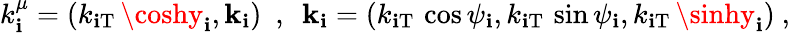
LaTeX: k_{\mathbf{i}}^{\mu}=(k_{\mathrm{{\mathbf{i}T}}}\, \coshy_{\mathbf{i}},{\mathbf{k}}_{\mathbf{i}})~~,~~{\mathbf{k}}_{\mathbf{i}}=(k_{\mathrm{{\mathbf{i}T}}}\, \cos\psi_{\mathbf{i}},k_{\mathrm{{\mathbf{i}T}}}\, \sin\psi_{\mathbf{i}},k_{\mathrm{{\mathbf{i}T}}}\, \sinhy_{\mathbf{i}})~,